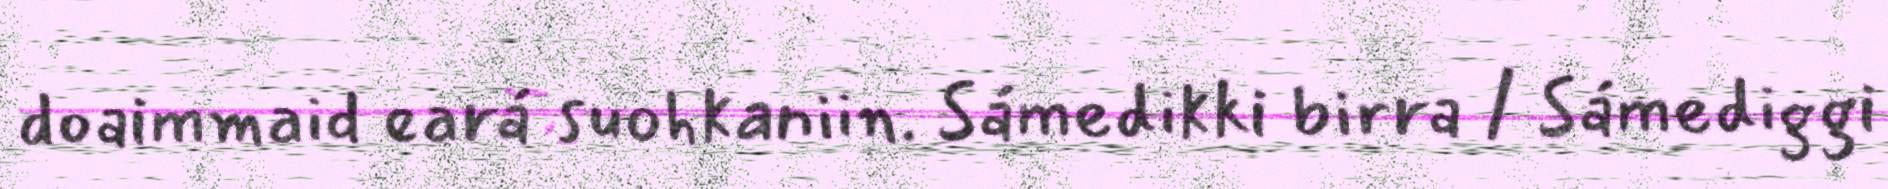
doaimmaid eará suohkaniin. Sámedikki birra / Sámediggi